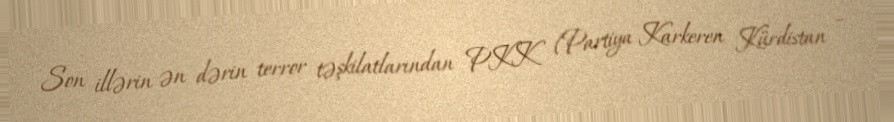
Son illərin ən dərin terror təşkilatlarından PKK (Partiya Karkeren Kürdistan –